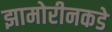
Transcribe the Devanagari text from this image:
झामोरीनकडे